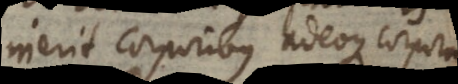
inerit corporibus adeoque corpora